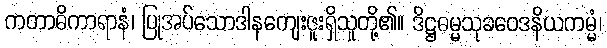
ကတာဓိကာရာနံ၊ ပြုအပ်သောဒါနကျေးဇူးရှိသူတို့၏။ ဒိဋ္ဌဓမ္မသုခဝေဒနိယကမ္မံ၊